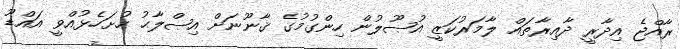
ރާއްޖެ އިދާރީ ދާއިރާތައް ލާމަރުކަޒީ އުޞޫލުން ހިންގުމުގެ ޤާނޫނަށް އިޞްލާޙު ހުށަހެޅުއްވީ އައްޑޫ